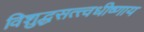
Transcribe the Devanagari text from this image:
विशुद्धसत्त्वधीष्णाय